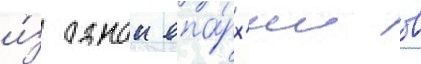
и́з однои епа́рх'ии в